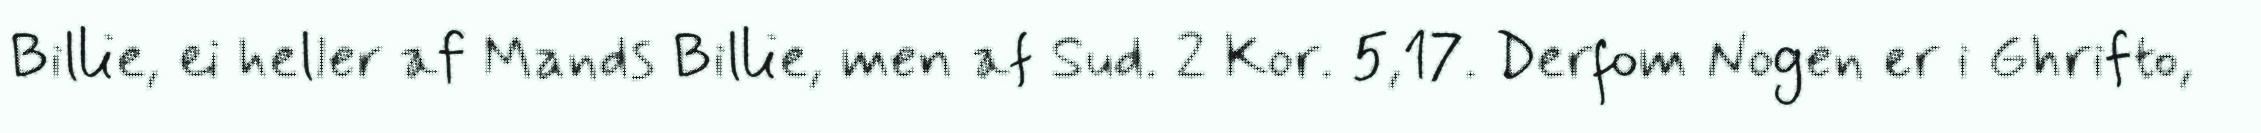
Billie, ei heller af Mands Billie, men af Sud. 2 Kor. 5,17. Derfom Nogen er i Ghrifto,